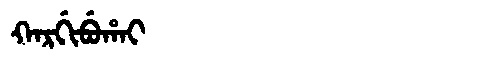
Manchu: ᡴᠠᡵᡤᡳᠪᡠᡥᠠᡳ
Romanization: KARGIBUHAI